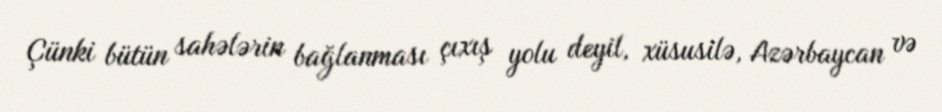
Çünki bütün sahələrin bağlanması çıxış yolu deyil, xüsusilə, Azərbaycan və